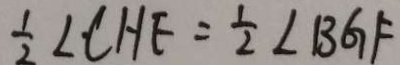
\frac { 1 } { 2 } \angle C H F = \frac { 1 } { 2 } \angle B G F